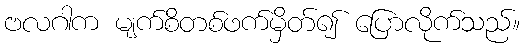
ဗလဂါက မျက်စိတစ်ဖက်မှိတ်၍ ပြောလိုက်သည်။